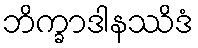
ဘိက္ခာဒါနဿိဒံ